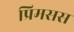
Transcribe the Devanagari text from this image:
प्रिमसस